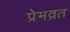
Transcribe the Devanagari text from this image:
प्रेमव्रत